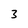
Character: 3